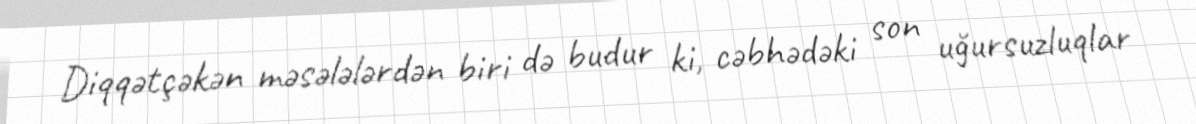
Diqqətçəkən məsələlərdən biri də budur ki, cəbhədəki son uğursuzluqlar